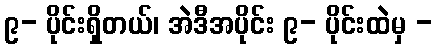
၉- ပိုင်းရှိတယ်၊ အဲဒီအပိုင်း ၉- ပိုင်းထဲမှ -